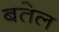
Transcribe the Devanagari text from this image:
बतेल